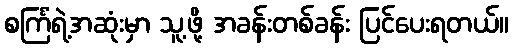
စင်္ကြံရဲ့အဆုံးမှာ သူ့ဖို့ အခန်းတစ်ခန်း ပြင်ပေးရတယ်။